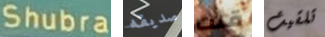
Shubra صديقه قلت تلقيت